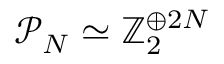
\mathcal P _ { N } \simeq \mathbb Z _ { 2 } ^ { \oplus 2 N }